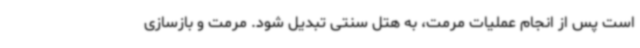
است پس از انجام عملیات مرمت، به هتل سنتی تبدیل شود. مرمت و بازسازی